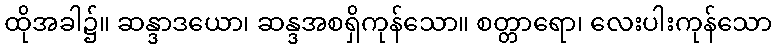
ထိုအခါ၌။ ဆန္ဒာဒယော၊ ဆန္ဒအစရှိကုန်သော။ စတ္တာရော၊ လေးပါးကုန်သော